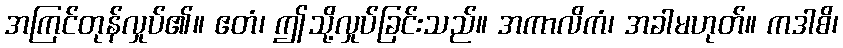
အကြင်တုန်လှုပ်၏။ ဧတံ၊ ဤသို့လှုပ်ခြင်းသည်။ အကာလိကံ၊ အခါမဟုတ်။ ကဒါစိ၊